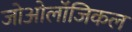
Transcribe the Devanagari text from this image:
जोओलॉजिकल